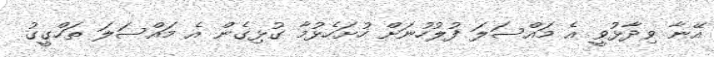
އޭނާ ވިދާޅުވީ އެ މައްސަލަ ފުލުހުނަށް ހުށަހެޅުމާ ގުޅިގެން އެ މައްސަލަ ތަހްގީގު